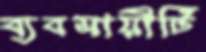
ব্যবসায়ীটি